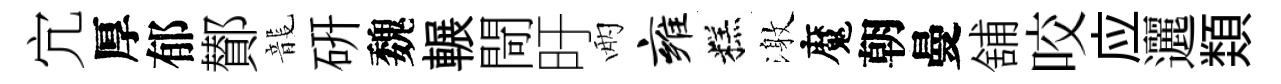
宂厚郁鄼龍硏魏輾閜旴兩雍糕激魔朝曼舖咬应邐𩔖